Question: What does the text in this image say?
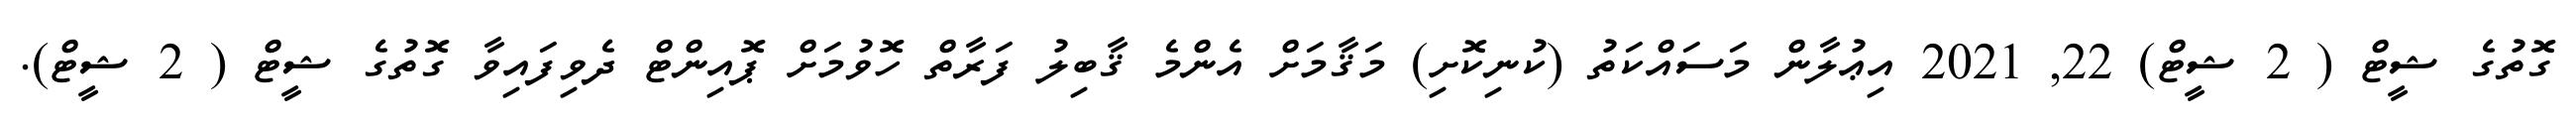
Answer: ގޮތުގެ ޝީޓް ( 2 ޝީޓް) 22, 2021 އިޢުލާން މަސައްކަތު (ކުނިކޮށި) މަޤާމަށް އެންމެ ޤާބިލު ފަރާތް ހޮވުމަށް ޕޮއިންޓް ދެވިފައިވާ ގޮތުގެ ޝީޓް ( 2 ޝީޓް).